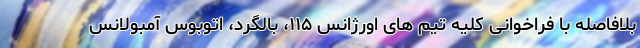
بلافاصله با فراخوانی کلیه تیم های اورژانس ۱۱۵، بالگرد، اتوبوس آمبولانس